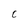
Character: C